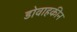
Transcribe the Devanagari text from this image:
डोवाहकीन